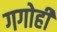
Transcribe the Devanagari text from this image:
गगोही